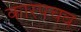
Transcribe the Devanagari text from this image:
कारपचव